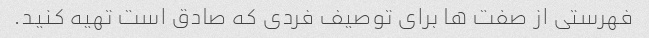
فهرستی از صفت ها برای توصیف فردی که صادق است تهیه کنید.